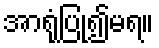
အာရုံပြု၍မရ။